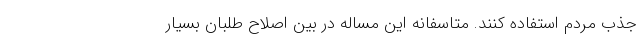
جذب مردم استفاده کنند. متاسفانه این مساله در بین اصلاح طلبان بسیار